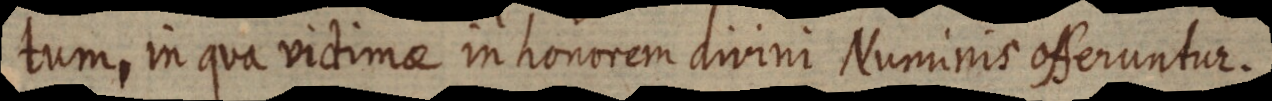
tum, in qua victimae in honorem divini Numinis offeruntur.